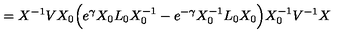
= X ^ { - 1 } V X _ { 0 } \Big ( e ^ { \gamma } X _ { 0 } L _ { 0 } X _ { 0 } ^ { - 1 } - e ^ { - \gamma } X _ { 0 } ^ { - 1 } L _ { 0 } X _ { 0 } \Big ) X _ { 0 } ^ { - 1 } V ^ { - 1 } X